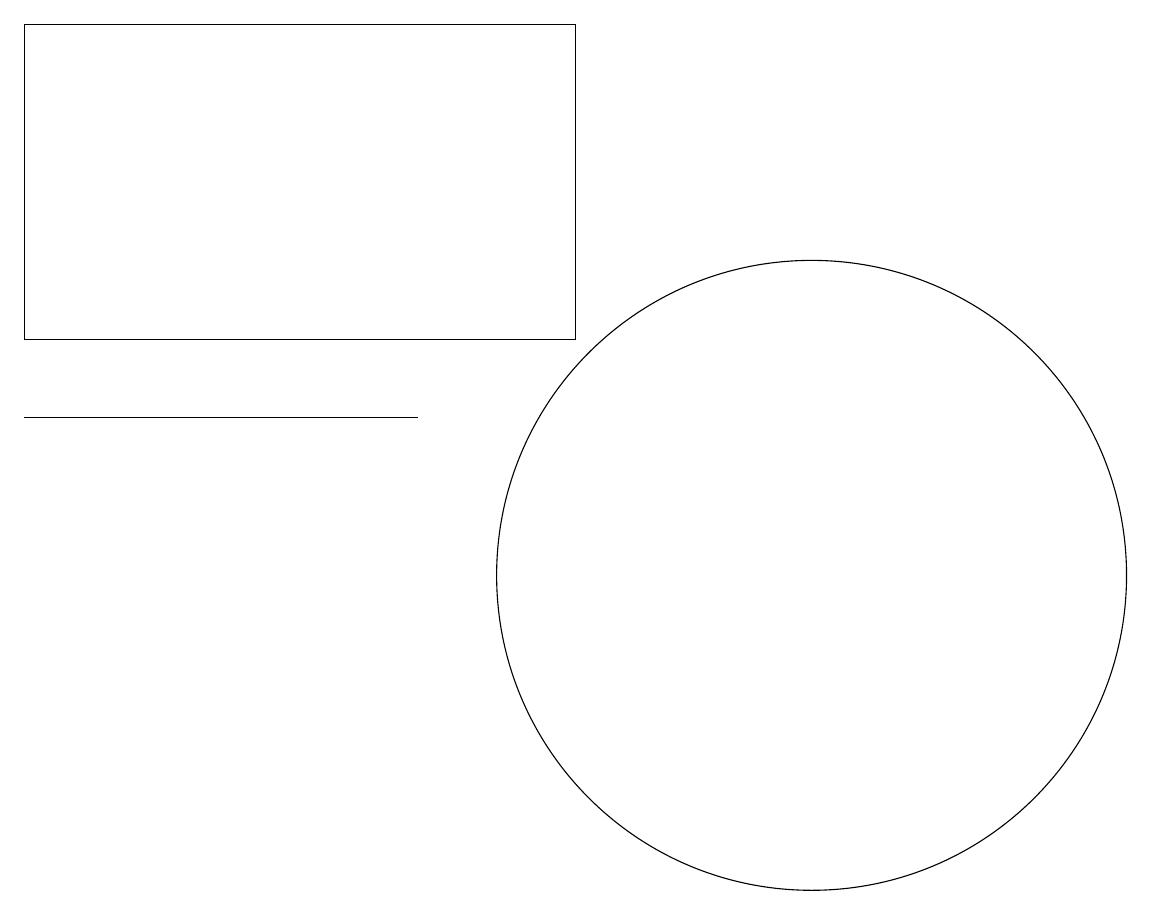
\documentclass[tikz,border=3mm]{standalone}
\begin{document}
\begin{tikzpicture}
\draw (12,11) circle (0);
\draw (10,11) circle (4);
\draw (5,13) rectangle (0,13);
\draw (0,18) rectangle (7,14);
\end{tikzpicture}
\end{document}